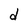
Character: d